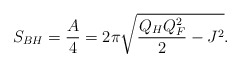
\begin{align*}S_{BH}={A\over 4}=2\pi\sqrt{{{Q_HQ^2_F}\over 2}-J^2}.\end{align*}